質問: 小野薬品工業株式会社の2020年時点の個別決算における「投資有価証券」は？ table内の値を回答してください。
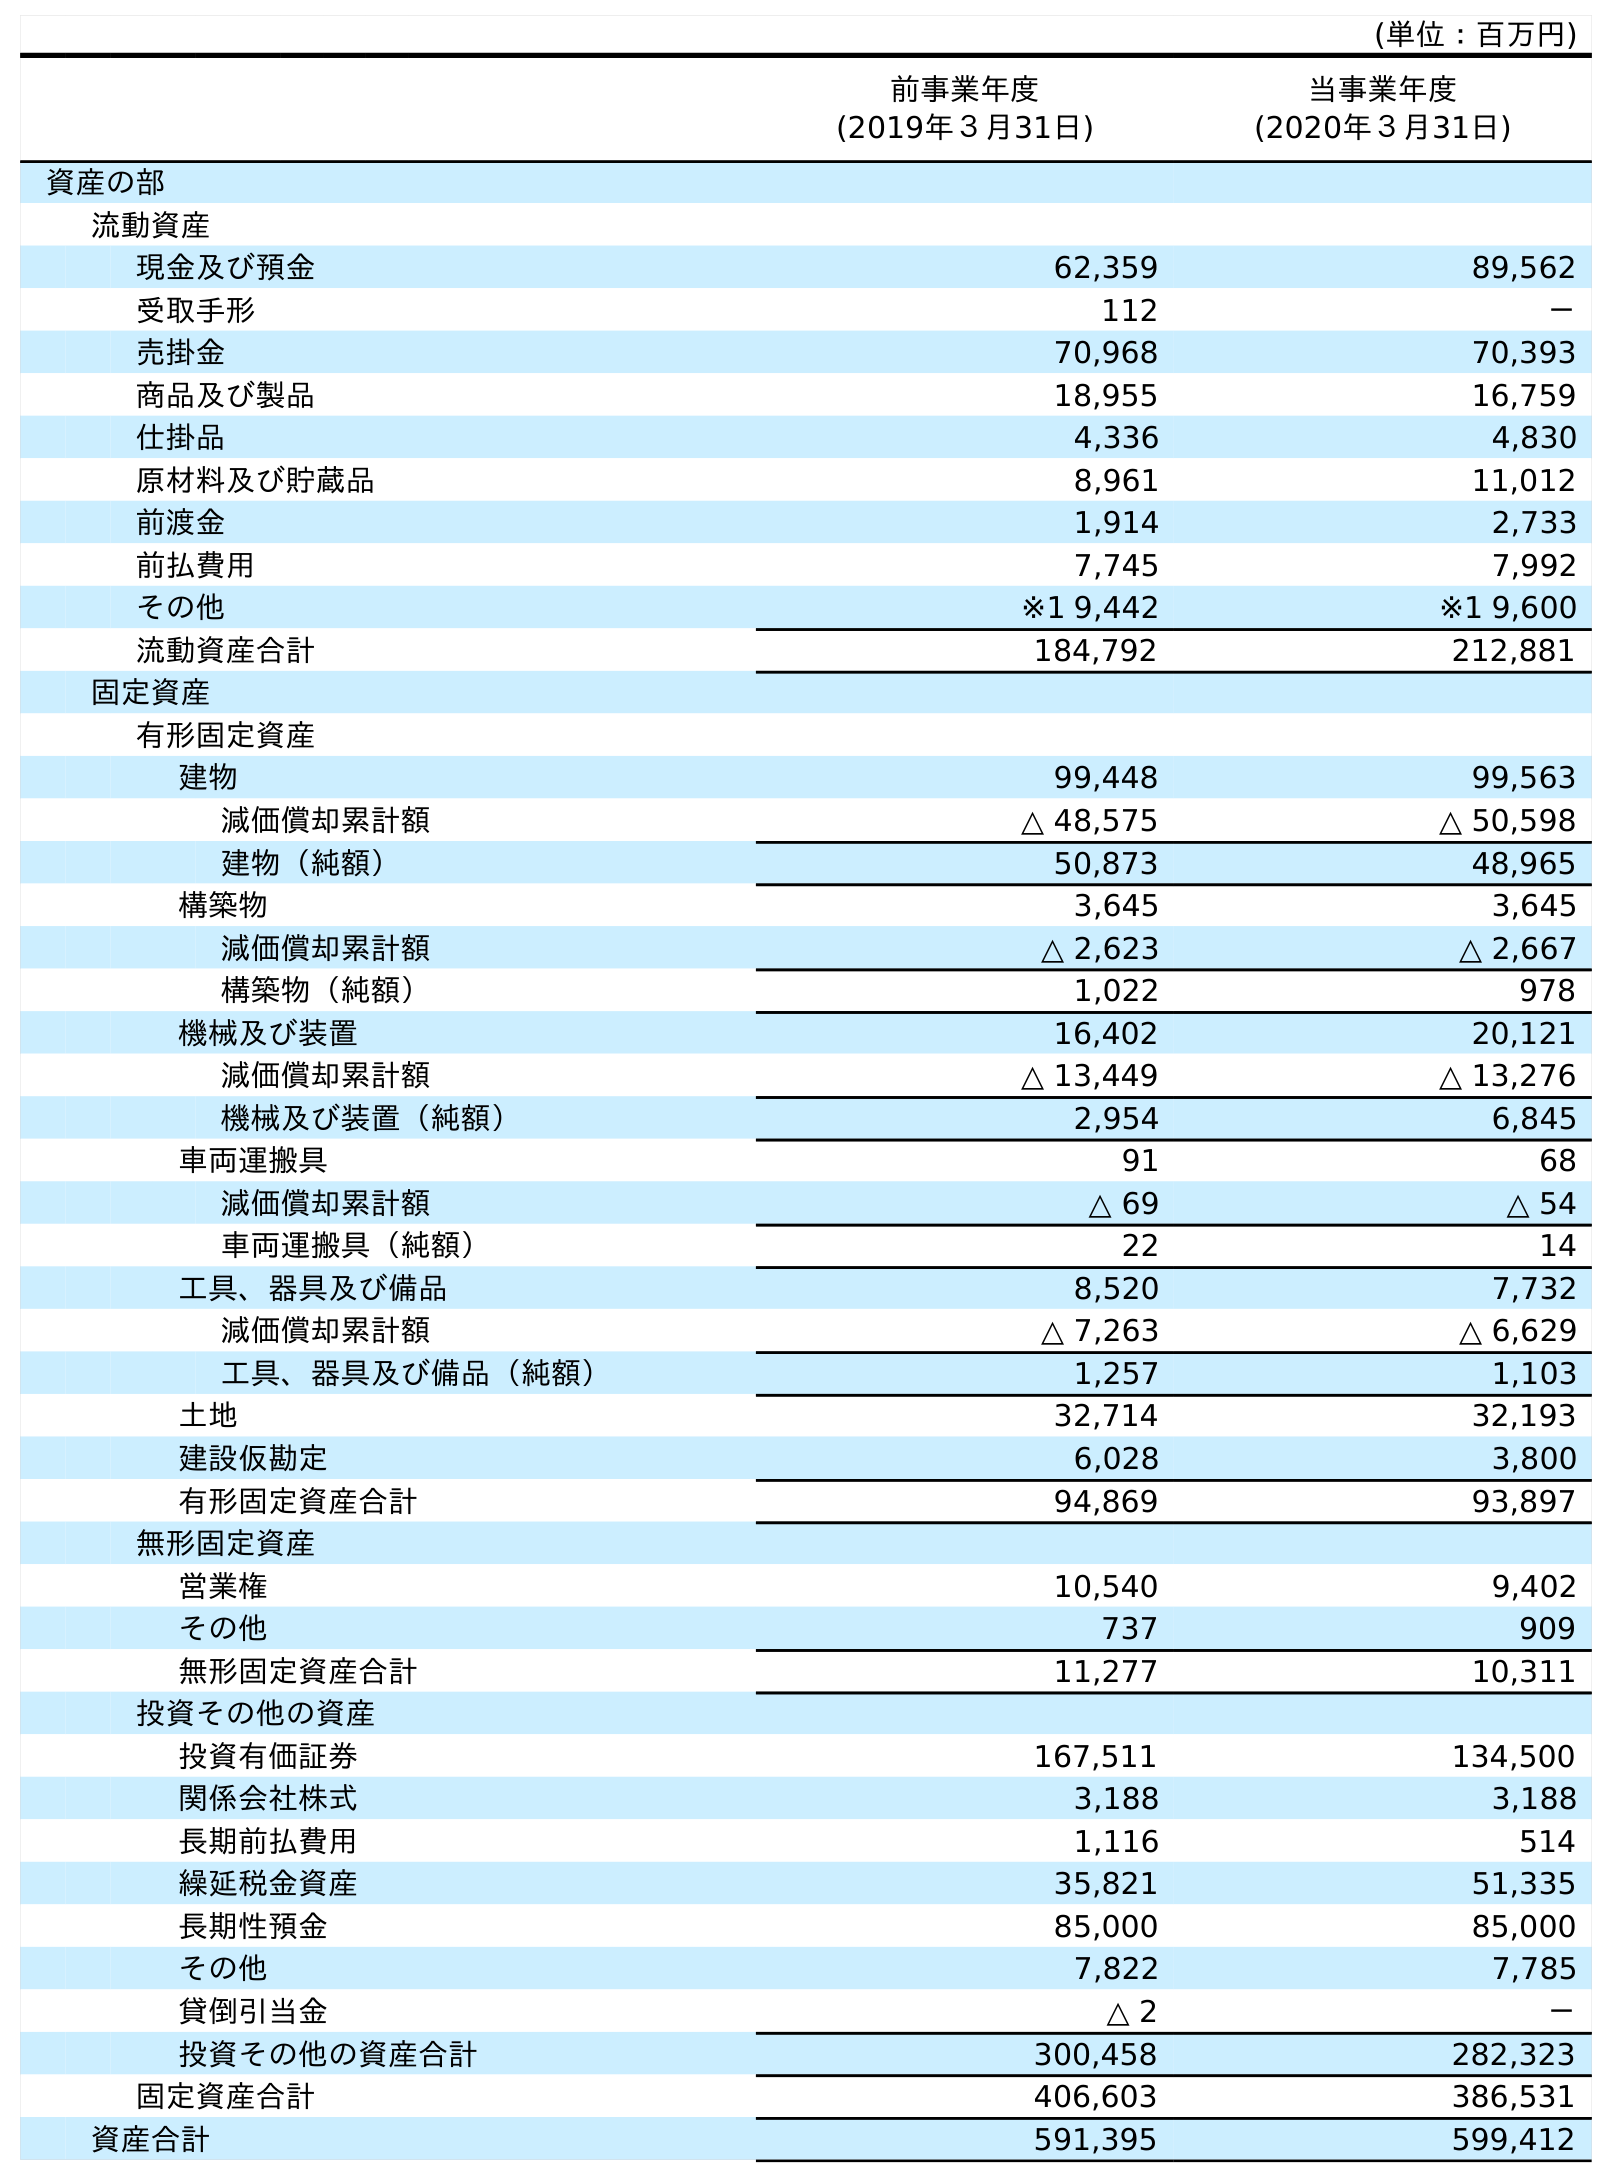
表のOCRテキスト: (単位：百万円) 前事業年度 (2019年３月31日) 当事業年度 (2020年３月31日) 資産の部 流動資産 現金及び預金 62,359 89,562 受取手形 112 － 売掛金 70,968 70,393 商品及び製品 18,955 16,759 仕掛品 4,336 4,830 原材料及び貯蔵品 8,961 11,012 前渡金 1,914 2,733 前払費用 7,745 7,992 その他 ※1 9,442 ※1 9,600 流動資産合計 184,792 212,881 固定資産 有形固定資産 建物 99,448 99,563 減価償却累計額 △ 48,575 △ 50,598 建物（純額） 50,873 48,965 構築物 3,645 3,645 減価償却累計額 △ 2,623 △ 2,667 構築物（純額） 1,022 978 機械及び装置 16,402 20,121 減価償却累計額 △ 13,449 △ 13,276 機械及び装置（純額） 2,954 6,845 車両運搬具 91 68 減価償却累計額 △ 69 △ 54 車両運搬具（純額） 22 14 工具、器具及び備品 8,520 7,732 減価償却累計額 △ 7,263 △ 6,629 工具、器具及び備品（純額） 1,257 1,103 土地 32,714 32,193 建設仮勘定 6,028 3,800 有形固定資産合計 94,869 93,897 無形固定資産 営業権 10,540 9,402 その他 737 909 無形固定資産合計 11,277 10,311 投資その他の資産 投資有価証券 167,511 134,500 関係会社株式 3,188 3,188 長期前払費用 1,116 514 繰延税金資産 35,821 51,335 長期性預金 85,000 85,000 その他 7,822 7,785 貸倒引当金 △ 2 － 投資その他の資産合計 300,458 282,323 固定資産合計 406,603 386,531 資産合計 591,395 599,412
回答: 134,500